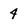
Character: 4